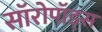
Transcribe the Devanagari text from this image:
सॉरोपॉड्स